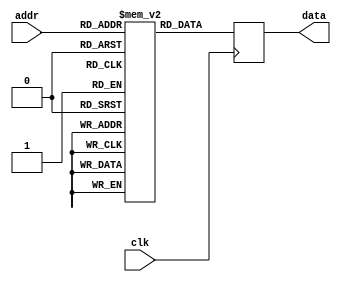
module rom32x4 (input clk,
                input wire [4:0] addr,
                output reg [3:0] data);

  //-- Memoria
  reg [3:0] rom [0:31];

  //-- Proceso de acceso a la memoria. 
  //-- Se ha elegido flanco de bajada en este ejemplo, pero
  //-- funciona igual si es de subida
  always @(negedge clk) begin
    data <= rom[addr];
  end
    

//-- Inicializacion de la memoria. 
//-- Solo se dan valores a las 8 primeras posiciones
//-- El resto permanecera a 0
  initial begin
    rom[0] = 4'h0; 
    rom[1] = 4'h1;
    rom[2] = 4'h2;
    rom[3] = 4'h3;
    rom[4] = 4'h4; 
    rom[5] = 4'h5;
    rom[6] = 4'h6;
    rom[7] = 4'h7;
   end


endmodule